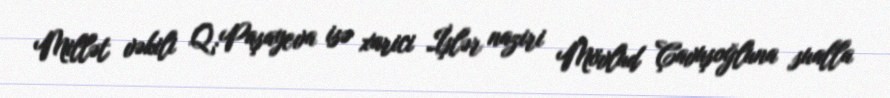
Millət vəkili Q.Paşayeva isə xarici İşlər naziri Mövlud Çavuşoğluna sualla